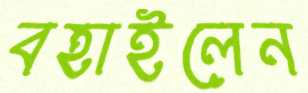
বহাইলেন